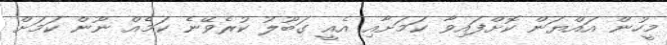
މީހުން އައްޔަން ކޮށްފައިވާ ކަމަށާއި އެއީ ގަބޫލު ކުރެވޭނެ ކަމެއް ނޫން ކަމަށް